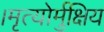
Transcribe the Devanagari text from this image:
।मृत्योर्मुक्षिय